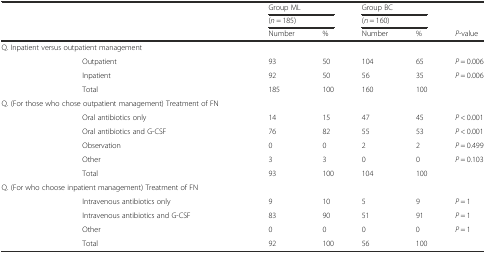
<table><thead><tr><td></td><td></td><td colspan="2"><b>Group ML</b></td><td colspan="2"><b>Group BC</b></td><td></td></tr><tr><td></td><td></td><td colspan="2"><b>(<i>n</i> = 185)</b></td><td colspan="2"><b>(<i>n</i> = 160)</b></td><td></td></tr><tr><td></td><td></td><td><b>Number</b></td><td><b>%</b></td><td><b>Number</b></td><td><b>%</b></td><td><b><i>P</i>-value</b></td></tr></thead><tbody><tr><td colspan="2">Q. Inpatient versus outpatient management</td><td></td><td></td><td></td><td></td><td></td></tr><tr><td></td><td>Outpatient</td><td>93</td><td>50</td><td>104</td><td>65</td><td><i>P</i> = 0.006</td></tr><tr><td></td><td>Inpatient</td><td>92</td><td>50</td><td>56</td><td>35</td><td><i>P</i> = 0.006</td></tr><tr><td></td><td>Total</td><td>185</td><td>100</td><td>160</td><td>100</td><td></td></tr><tr><td colspan="2">Q. (For those who chose outpatient management) Treatment of FN</td><td></td><td></td><td></td><td></td><td></td></tr><tr><td></td><td>Oral antibiotics only</td><td>14</td><td>15</td><td>47</td><td>45</td><td><i>P</i> &lt; 0.001</td></tr><tr><td></td><td>Oral antibiotics and G-CSF</td><td>76</td><td>82</td><td>55</td><td>53</td><td><i>P</i> &lt; 0.001</td></tr><tr><td></td><td>Observation</td><td>0</td><td>0</td><td>2</td><td>2</td><td><i>P</i> = 0.499</td></tr><tr><td></td><td>Other</td><td>3</td><td>3</td><td>0</td><td>0</td><td><i>P</i> = 0.103</td></tr><tr><td></td><td>Total</td><td>93</td><td>100</td><td>104</td><td>100</td><td></td></tr><tr><td colspan="2">Q. (For who choose inpatient management) Treatment of FN</td><td></td><td></td><td></td><td></td><td></td></tr><tr><td></td><td>Intravenous antibiotics only</td><td>9</td><td>10</td><td>5</td><td>9</td><td><i>P</i> = 1</td></tr><tr><td></td><td>Intravenous antibiotics and G-CSF</td><td>83</td><td>90</td><td>51</td><td>91</td><td><i>P</i> = 1</td></tr><tr><td></td><td>Other</td><td>0</td><td>0</td><td>0</td><td>0</td><td><i>P</i> = 1</td></tr><tr><td></td><td>Total</td><td>92</td><td>100</td><td>56</td><td>100</td><td></td></tr></tbody></table>